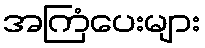
အကြံပေးများ